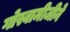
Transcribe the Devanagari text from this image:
गोस्वामीजीने